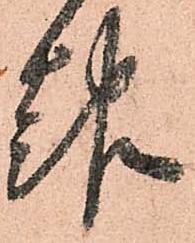
報